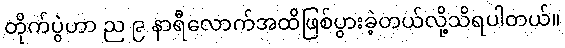
တိုက်ပွဲဟာ ည ၉ နာရီလောက်အထိဖြစ်ပွားခဲ့တယ်လို့သိရပါတယ်။